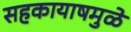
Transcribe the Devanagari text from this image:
सहकायाषमुळे